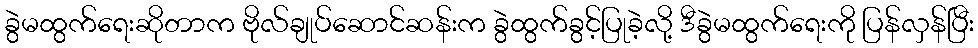
ခွဲမထွက်ရေးဆိုတာက ဗိုလ်ချုပ်ဆောင်ဆန်းက ခွဲထွက်ခွင့်ပြုခဲ့လို့ ဒီခွဲမထွက်ရေးကို ပြန်လှန်ပြီး